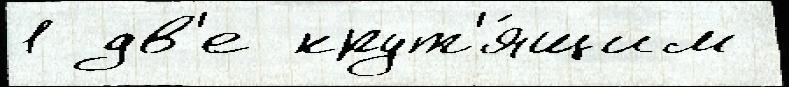
1 дв'е крут'я́щим